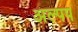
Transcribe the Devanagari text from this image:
अल्पप